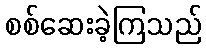
စစ်ဆေးခဲ့ကြသည်